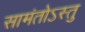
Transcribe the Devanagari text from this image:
सामंतोऽस्तु